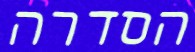
הסדרה